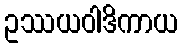
ဥဿယဝါဒိကာယ